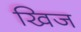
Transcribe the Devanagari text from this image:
खिज